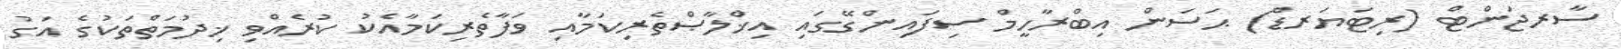
ސާރޖަންޓް (ރިޓަޔަރޑް) ޙަސަން އިބްރާހީމް ސިފައިންގޭގައި އިޚްލާޞްތެރިކަމާއި ވަފާތެރިކަމާއެކު ކުރެއްވި ޚިދުމަތްތަކުގެ އަގު